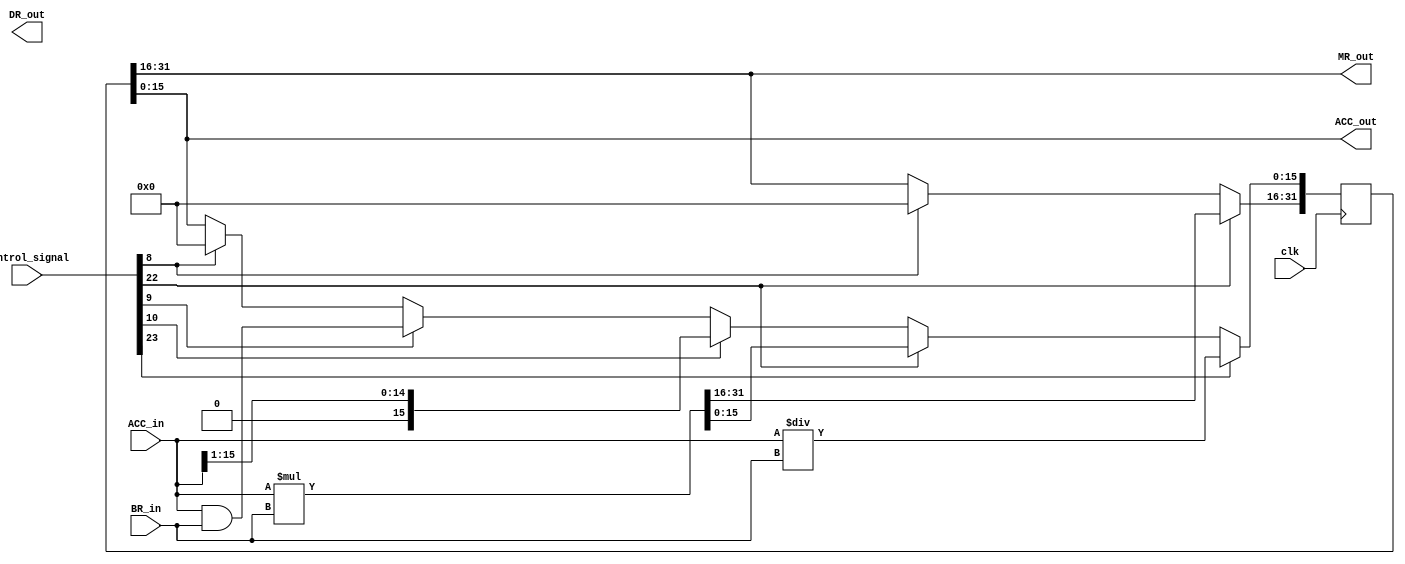
module ALU
(
    input clk,
    input [31:0]control_signal,
    input [15:0]BR_in,
    input [15:0]ACC_in,
    output [15:0]ACC_out,
    output [15:0]MR_out,
    output [15:0]DR_out
);

reg [31:0]buffer = 32'd0;
reg [15:0]re_buffer; // 
assign ACC_out = buffer[15:0];
assign MR_out = buffer[31:16];

always@(posedge clk) begin
    // 
    if(control_signal[8]) begin
        buffer <= 32'd0;
    end

    // 
    if(control_signal[9]) begin
        buffer[15:0] <= ACC_in + BR_in;
    end

    // 
    if(control_signal[9]) begin
        buffer[15:0] <= ACC_in - BR_in;
    end

    // 
    if(control_signal[9]) begin
        buffer[15:0] <= ACC_in & BR_in;
    end

    // 
    if(control_signal[10]) begin
        buffer[15:0] <= ACC_in | BR_in;
    end

    // 
    if(control_signal[10]) begin
        buffer[15:0] <= ~ ACC_in;
    end

    // 
    if(control_signal[10]) begin
        buffer[15:0] <= ACC_in << 1;
    end

    // 
    if(control_signal[10]) begin
        buffer[15:0] <= ACC_in >> 1;
    end

    // 
    if(control_signal[22]) begin
        buffer <= ACC_in * BR_in;
    end

    // 
    if(control_signal[23]) begin
        buffer[15:0] <= ACC_in / BR_in;
        re_buffer <= ACC_in % BR_in;
    end

end

endmodule